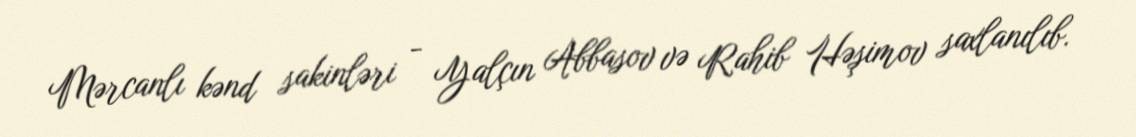
Mərcanlı kənd sakinləri - Yalçın Abbasov və Rahib Həşimov saxlanılıb.